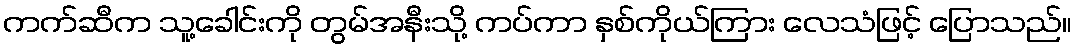
ကက်ဆီက သူ့ခေါင်းကို တွမ်အနီးသို့ ကပ်ကာ နှစ်ကိုယ်ကြား လေသံဖြင့် ပြောသည်။